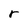
Character: r